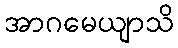
အာဂမေယျာသိ